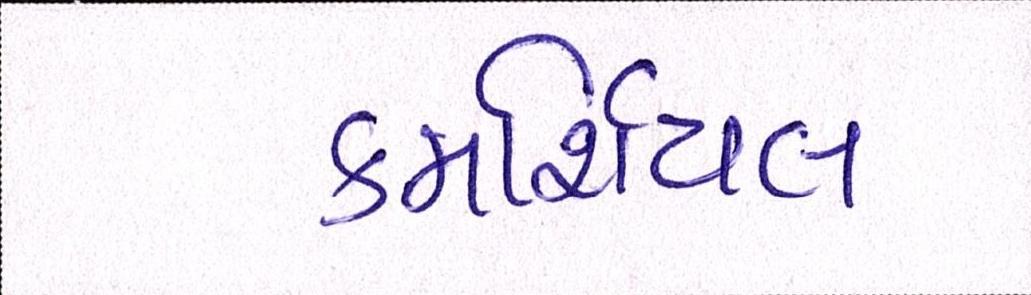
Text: કમર્શિયલ